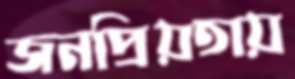
জনপ্রিয়তায়